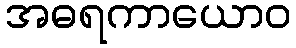
အဓရကာယောဝ